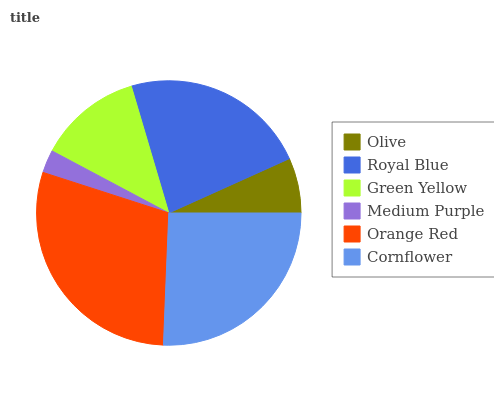
| Olive | Royal Blue | Green Yellow | Medium Purple | Orange Red | Cornflower |
 | --- | --- | --- | --- | --- | --- |
 | 6.76% | 22.8% | 12.7% | 2.82% | 29.3% | 25.7% |